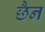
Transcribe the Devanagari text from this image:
छैन